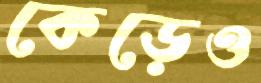
কেড়েও